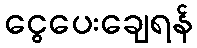
ငွေပေးချေရန်